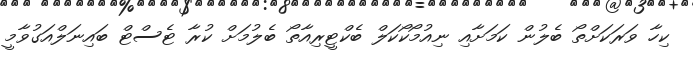
ކިހާ ވަރަކަށްތޯ ބެލުން ކަމަށާއި ނިއުމޯކޯކަލް ބެކްޓީރިއާތޯ ބެލުމަށް ކުރާ ޓެސްޓް ބައިނަލްއަގުވާމީ